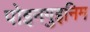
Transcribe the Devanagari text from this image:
पोइनगुइनिम